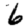
Digit: 6